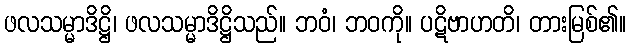
ဖလသမ္မာဒိဋ္ဌိ၊ ဖလသမ္မာဒိဋ္ဌိသည်။ ဘဝံ၊ ဘဝကို။ ပဋိဗာဟတိ၊ တားမြစ်၏။